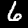
Label: 6